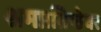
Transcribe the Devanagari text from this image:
श्रमप्रतिष्ठेवर